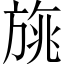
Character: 旐